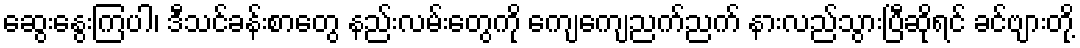
ဆွေးနွေးကြပါ၊ ဒီသင်ခန်းစာတွေ နည်းလမ်းတွေကို ကျေကျေညက်ညက် နားလည်သွားပြီဆိုရင် ခင်ဗျားတို့